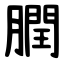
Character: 膶